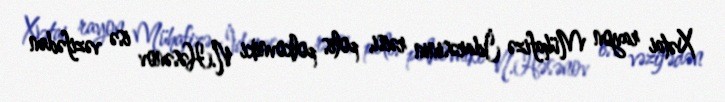
Xətai rayon Mühafizə İdarəsinin rəisi, polis polkovniki N.Həsənov isə vəzifədən